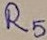
Text: R5